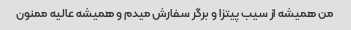
من همیشه از سیب پیتزا و برگر سفارش میدم و همیشه عالیه ممنون